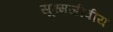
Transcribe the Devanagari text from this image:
सूक्ष्मजीवीय